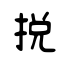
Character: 捝